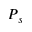
P { _ s }